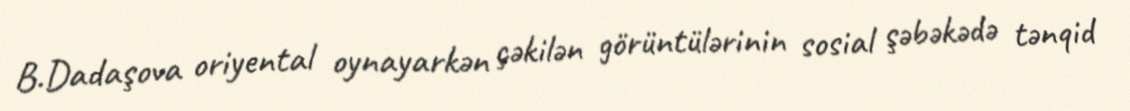
B.Dadaşova oriyental oynayarkən çəkilən görüntülərinin sosial şəbəkədə tənqid